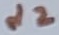
Text: d2